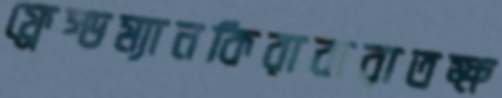
ফ্রেস্ডম্যানকিরাবারাতক্ষ